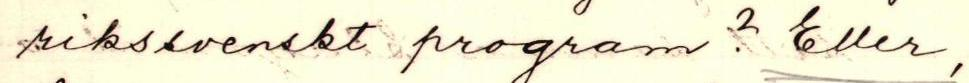
rikssvenskt program? Eller,